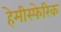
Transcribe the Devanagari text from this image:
हेमीस्फेरिक